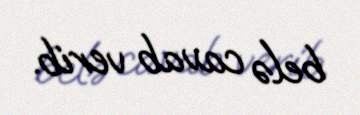
belə cavab verib.